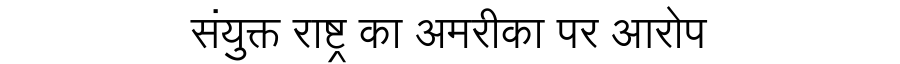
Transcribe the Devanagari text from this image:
संयुक्त राष्ट्र का अमरीका पर आरोप